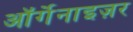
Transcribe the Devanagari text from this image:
ऑर्गेनाइज़र